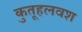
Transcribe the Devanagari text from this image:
कुतूहलवश